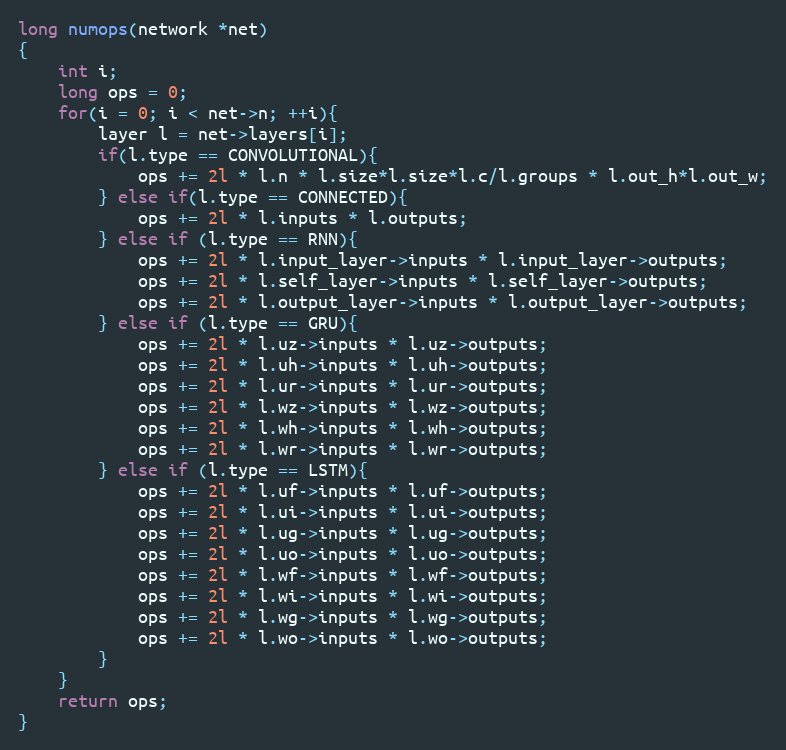
Language: C
long numops(network *net)
{
    int i;
    long ops = 0;
    for(i = 0; i < net->n; ++i){
        layer l = net->layers[i];
        if(l.type == CONVOLUTIONAL){
            ops += 2l * l.n * l.size*l.size*l.c/l.groups * l.out_h*l.out_w;
        } else if(l.type == CONNECTED){
            ops += 2l * l.inputs * l.outputs;
        } else if (l.type == RNN){
            ops += 2l * l.input_layer->inputs * l.input_layer->outputs;
            ops += 2l * l.self_layer->inputs * l.self_layer->outputs;
            ops += 2l * l.output_layer->inputs * l.output_layer->outputs;
        } else if (l.type == GRU){
            ops += 2l * l.uz->inputs * l.uz->outputs;
            ops += 2l * l.uh->inputs * l.uh->outputs;
            ops += 2l * l.ur->inputs * l.ur->outputs;
            ops += 2l * l.wz->inputs * l.wz->outputs;
            ops += 2l * l.wh->inputs * l.wh->outputs;
            ops += 2l * l.wr->inputs * l.wr->outputs;
        } else if (l.type == LSTM){
            ops += 2l * l.uf->inputs * l.uf->outputs;
            ops += 2l * l.ui->inputs * l.ui->outputs;
            ops += 2l * l.ug->inputs * l.ug->outputs;
            ops += 2l * l.uo->inputs * l.uo->outputs;
            ops += 2l * l.wf->inputs * l.wf->outputs;
            ops += 2l * l.wi->inputs * l.wi->outputs;
            ops += 2l * l.wg->inputs * l.wg->outputs;
            ops += 2l * l.wo->inputs * l.wo->outputs;
        }
    }
    return ops;
}